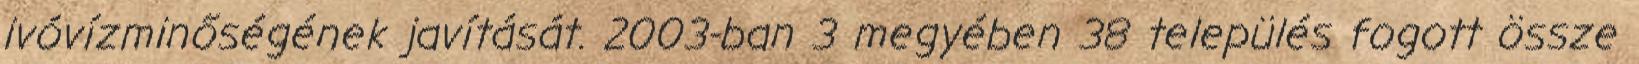
ivóvízminőségének javítását. 2003-ban 3 megyében 38 település fogott össze